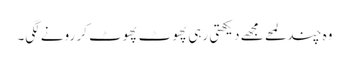
وہ چند لمحے مجھے دیکھتی رہی پھوٹ پھوٹ کر رونے لگی۔